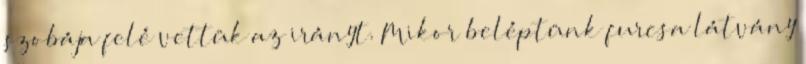
szobája felé vettük az irányt. Mikor beléptünk furcsa látvány